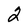
Character: 2